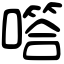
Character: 㗳